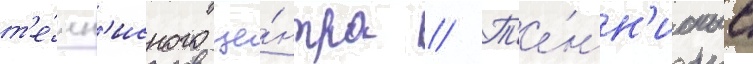
т'е́нн'исного це́нтра // Т'е́нн'исные